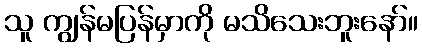
သူ ကျွန်မပြန်မှာကို မသိသေးဘူးနော်။